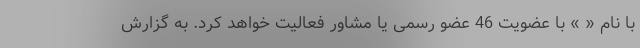
با نام « » با عضویت 46 عضو رسمی یا مشاور فعالیت خواهد کرد. به گزارش